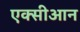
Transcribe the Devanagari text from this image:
एक्सीआन